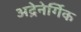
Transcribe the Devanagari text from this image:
अद्रेनेर्गिक